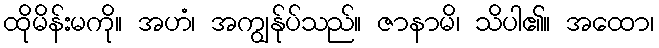
ထိုမိန်းမကို။ အဟံ၊ အကျွန်ုပ်သည်။ ဇာနာမိ၊ သိပါ၏။ အထော၊